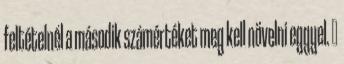
feltételnél a második számértéket meg kell növelni eggyel. ↑